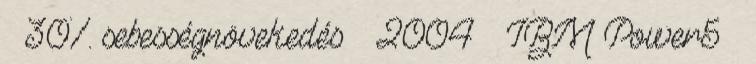
– 30% sebességnövekedés ● 2004 – IBM Power5 –